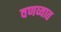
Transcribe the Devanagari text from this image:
वणव्यात